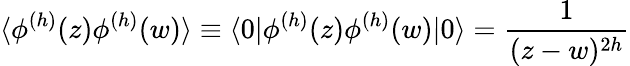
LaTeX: \langle\phi^{(h)}(z)\phi^{(h)}(w)\rangle\equiv\langle 0|\phi^{(h)}(z)\phi^{(h)}(w)|0\rangle=\frac{1}{(z-w)^{2h}}